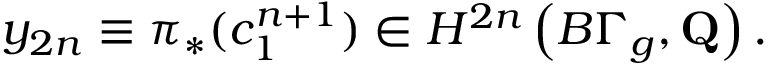
y _ { 2 n } \equiv \pi _ { * } ( c _ { 1 } ^ { n + 1 } ) \in H ^ { 2 n } \left( B \Gamma _ { g } , { \bf Q } \right) .